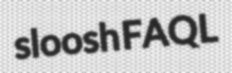
sloosh FAQL